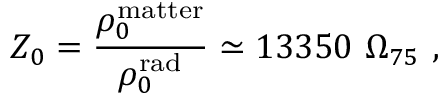
Z _ { 0 } = { \frac { \rho _ { 0 } ^ { \mathrm { m a t t e r } } } { \rho _ { 0 } ^ { \mathrm { r a d } } } } \simeq 1 3 3 5 0 \ \Omega _ { 7 5 } \ ,